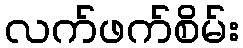
လက်ဖက်စိမ်း